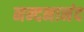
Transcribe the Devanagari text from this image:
नन्दनानंद